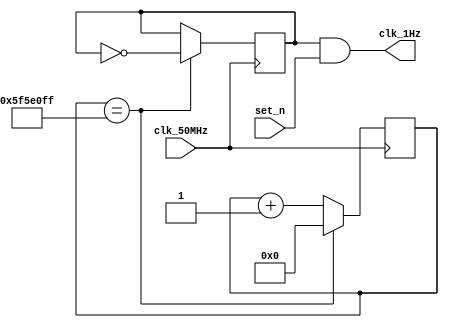
module _1HZ_BLINK (
   input clk_50MHz, //PIN_N14
   input set_n, //PIN_C10
   output clk_1Hz //PIN_A19
	
   );
 
//Used to gain a 1Hz signal from 50MHz
parameter div_1HZ = 100000000;
 
//The counter:
reg [31:0] count_1HZ = 0;
   
//The frequency register:
reg r_1HZ;
   
//Lowers Clock signal to 1HZ 
  always @ (posedge clk_50MHz)
    begin
      if (count_1HZ == div_1HZ-1)
        begin        
          r_1HZ <= !r_1HZ;
          count_1HZ    <= 0;
        end
      else
        count_1HZ <= count_1HZ + 1;
    end

//Ouput the clock singal or 0 if set_n is on 
assign clk_1Hz = r_1HZ & set_n;

endmodule